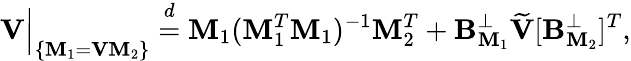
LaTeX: \mathbf{V}\Big\lvert_{\{ \textbf{M}_{1}=\mathbf{V}\textbf{M}_{2}\} }\overset{d}{=}\textbf{M}_{1}(\textbf{M}_{1}^{T}\textbf{M}_{1})^{-1}\textbf{M}_{2}^{T}+\mathbf{B}_{\textbf{M}_{1}}^{\perp}\widetilde{\mathbf{V}}[\mathbf{B}_{\textbf{M}_{2}}^{\perp}]^{T},